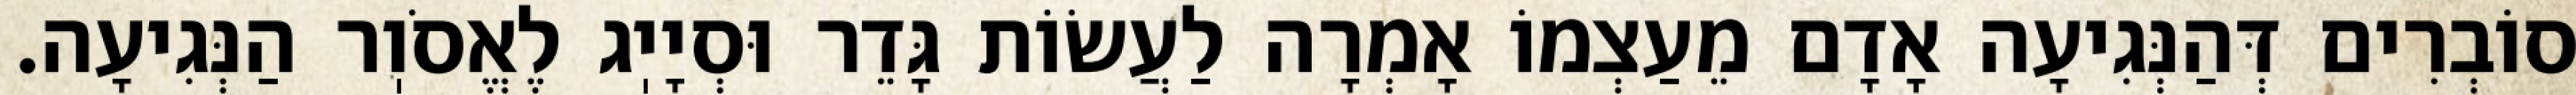
סוֹבְרִים דְּהַנְּגִיעָה אָדָם מֵעַצְמוֹ אָמְרָה לַעֲשׂוֹת גָּדֵר וּסְיָיֽג לֶאֱסֹוֽר הַנְּגִיעָה.